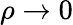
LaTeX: \rho\to 0